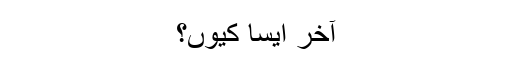
آخر ایسا کیوں؟